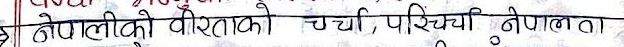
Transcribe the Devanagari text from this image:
नेपालीको वीरताको चर्चा, परिचय नेपालमा